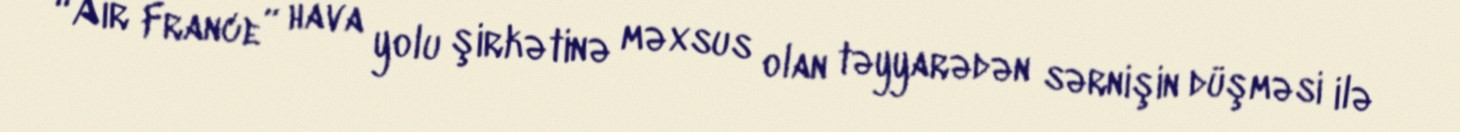
“Air France” hava yolu şirkətinə məxsus olan təyyarədən sərnişin düşməsi ilə